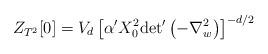
LaTeX: \begin{align*}Z_{T^2} [0] = V_d\left[ \alpha' X_0^2{\det}' \left(-\nabla_w^2\right) \right]^{-d/2}\end{align*}